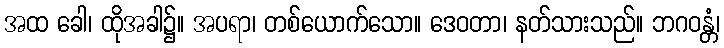
အထ ခေါ၊ ထိုအခါ၌။ အပရာ၊ တစ်ယောက်သော။ ဒေဝတာ၊ နတ်သားသည်။ ဘဂဝန္တံ၊